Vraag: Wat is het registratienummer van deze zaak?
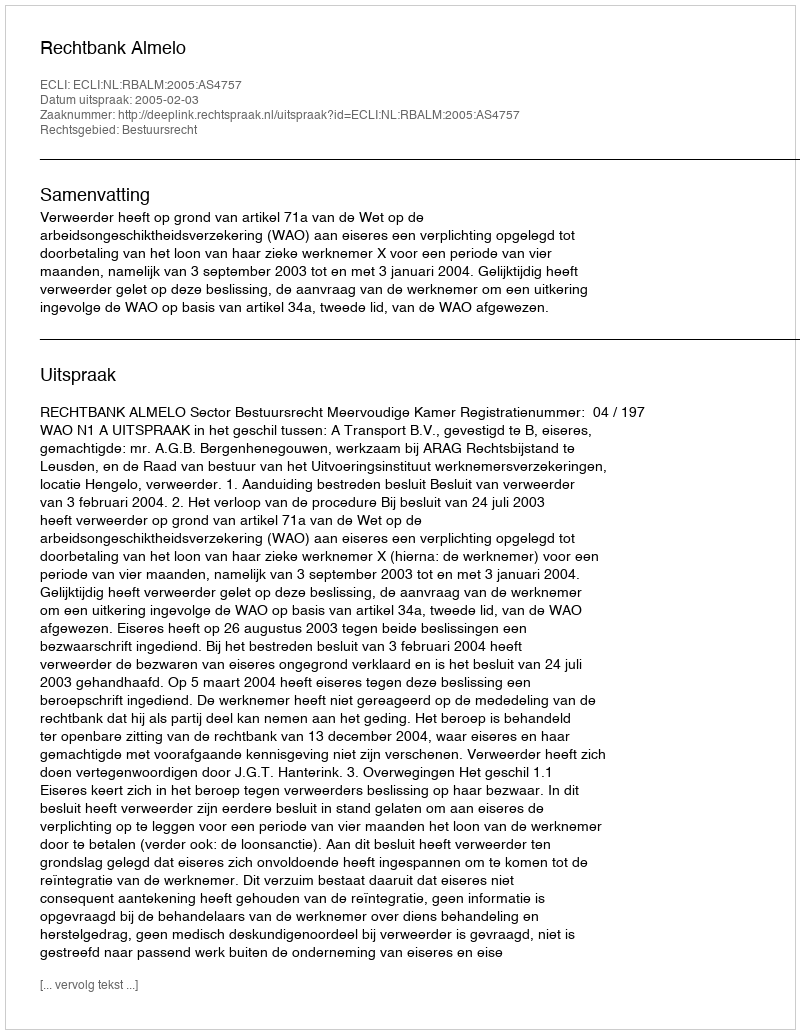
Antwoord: http://deeplink.rechtspraak.nl/uitspraak?id=ECLI:NL:RBALM:2005:AS4757